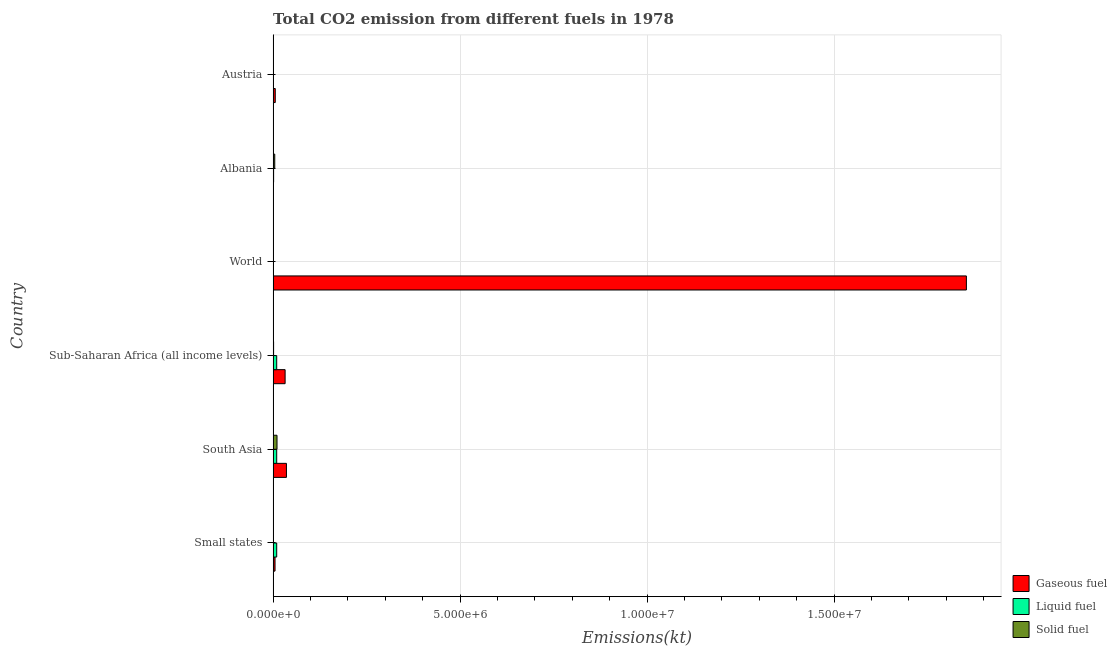
| Country | Gaseous fuel | Liquid fuel | Solid fuel |
 | --- | --- | --- | --- |
 | Small states | 5.12e+04 | 9.57e+04 | 3.84e+03 |
 | South Asia | 3.56e+05 | 9.57e+04 | 1.04e+05 |
 | Sub-Saharan Africa (all income levels) | 3.21e+05 | 9.56e+04 | 1.28e+04 |
 | World | 1.85e+07 | 935 | 422 |
 | Albania | 6.49e+03 | 1.32e+04 | 4.37e+04 |
 | Austria | 5.75e+04 | 6.44e+03 | 832 |